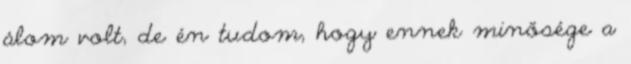
álom volt, de én tudom, hogy ennek minősége a